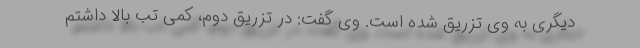
دیگری به وی تزریق شده است. وی گفت: در تزریق دوم، کمی تب بالا داشتم